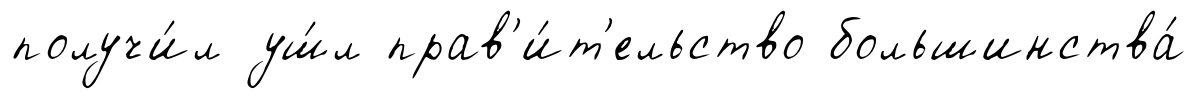
получи́л уш́л прав'и́т'ельство большинства́